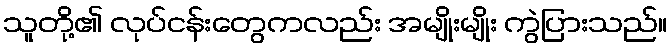
သူတို့၏ လုပ်ငန်းတွေကလည်း အမျိုးမျိုး ကွဲပြားသည်။